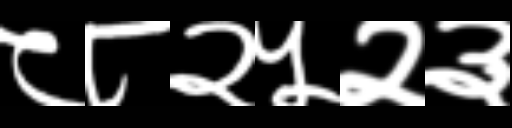
Text: ८८२५२३